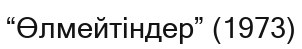
“Өлмейтіндер” (1973)